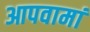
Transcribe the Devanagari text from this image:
आपवामां